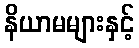
နိယာမများနှင့်